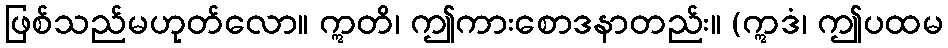
ဖြစ်သည်မဟုတ်လော။ ဣတိ၊ ဤကားစောဒနာတည်း။ (ဣဒံ၊ ဤပထမ